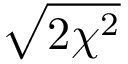
\sqrt { 2 \chi ^ { 2 } }